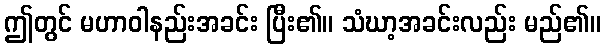
ဤတွင် မဟာဝါနည်းအခင်း ပြီး၏။ သံဃာ့အခင်းလည်း မည်၏။